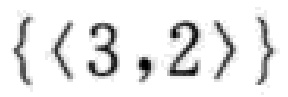
\(\{\langle 3,2\rangle\}\)